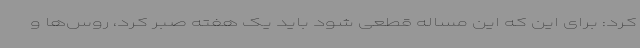
کرد: برای این که این مساله قطعی شود باید یک هفته صبر کرد، روس‌ها و